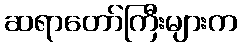
ဆရာတော်ကြီးများက